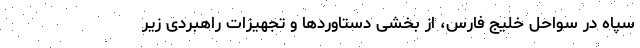
سپاه در سواحل خلیج فارس، از بخشی دستاورد‌ها و تجهیزات راهبردی زیر